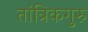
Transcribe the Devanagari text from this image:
तांत्रिकगुरु